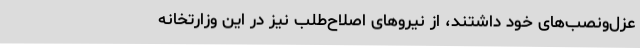
عزل‌ونصب‌های‌ خود داشتند، از نیروهای اصلاح‌طلب نیز در این وزارتخانه